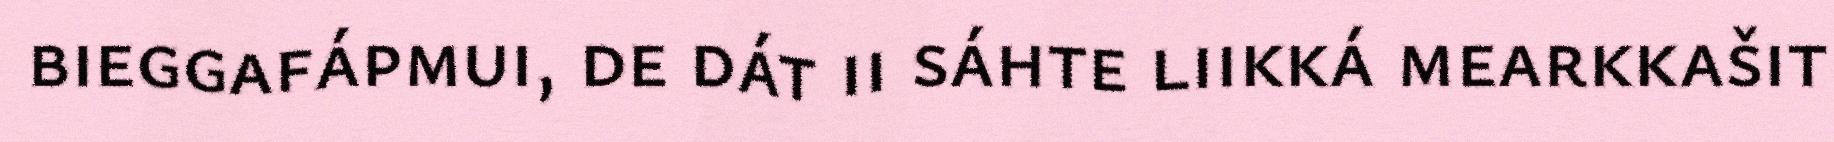
bieggafápmui, de dát ii sáhte liikká mearkkašit